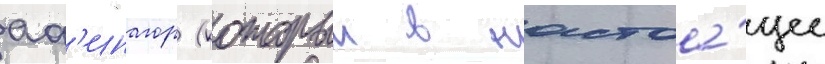
аф'инагор (которыи в настоа́щее